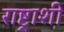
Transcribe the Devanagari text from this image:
राष्ट्राशी